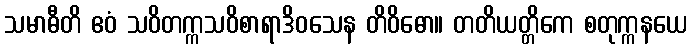
သမာဓီတိ ဧဝံ သဝိတက္ကသဝိစာရာဒိဝသေန တိဝိဓော။ တတိယတ္တိကေ စတုက္ကနယေ